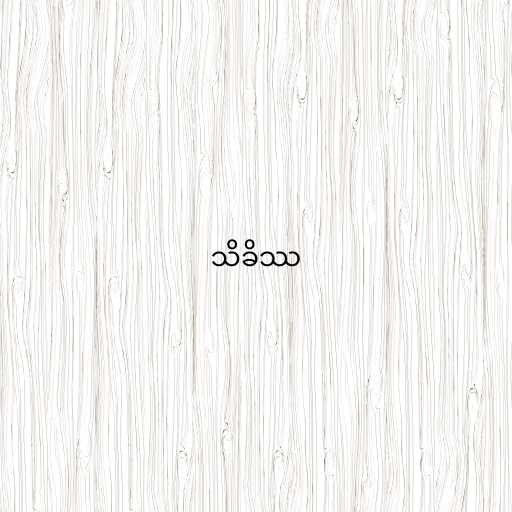
သိခိဿ